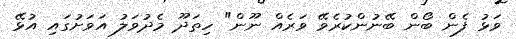
ވަޅު ފެން ބޯން ބޭނުންކުރެވޭ ވަރެއް ނޫން" ހިތަދޫ މެދުވަލު އަވަށުގައި އުޅޭ